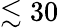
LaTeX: \lesssim 30